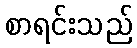
စာရင်းသည်